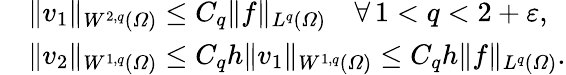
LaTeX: \begin{array}{rl}&{\| v_{1}\| _{W^{2,q}(\varOmega)}\leq C_{q}\| f\| _{L^{q}(\varOmega)}\quad\forall\, 1<q<2+\varepsilon,}\\ &{\| v_{2}\| _{W^{1,q}(\varOmega)}\leq C_{q}h\| v_{1}\| _{W^{1,q}(\varOmega)}\leq C_{q}h\| f\| _{L^{q}(\varOmega)}.}\end{array}